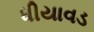
ધીયાવડ